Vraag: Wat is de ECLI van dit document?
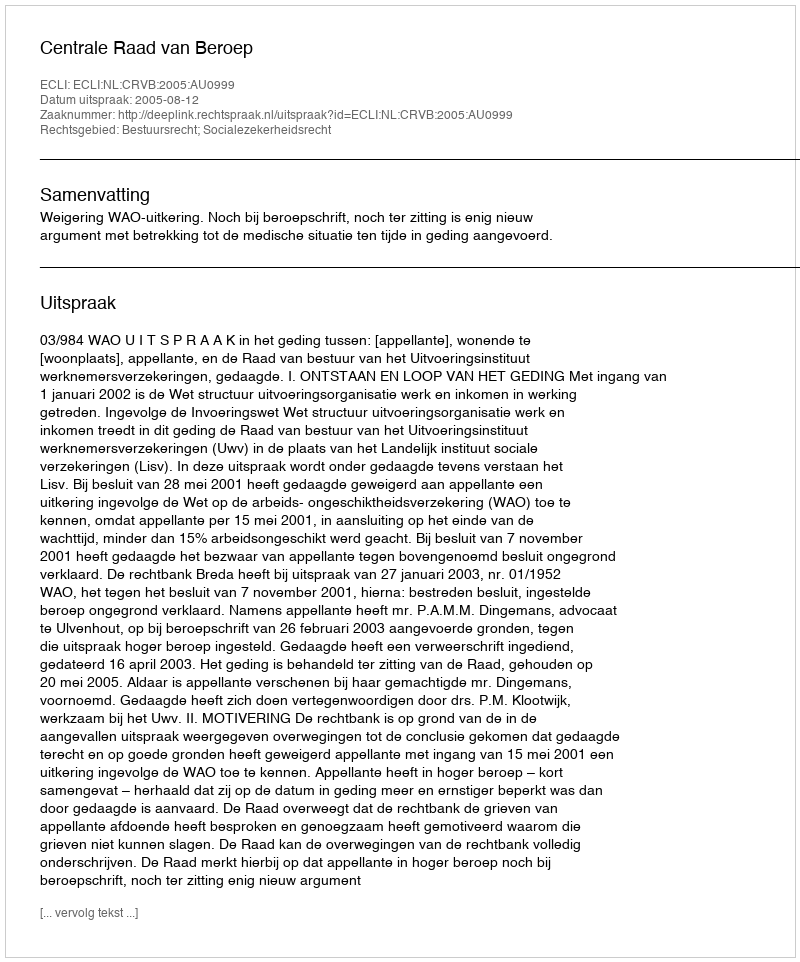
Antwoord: ECLI:NL:CRVB:2005:AU0999